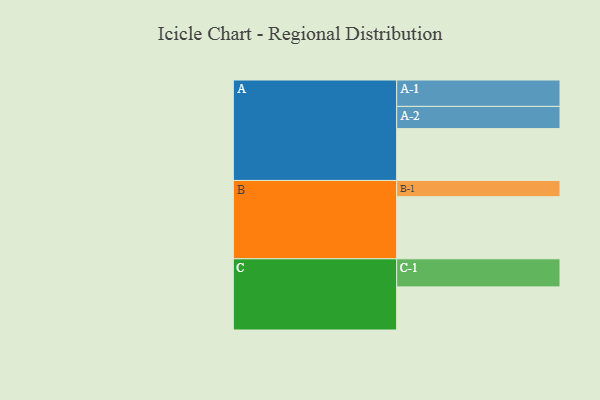
{"axis": {"x": "Segment", "y": "Value"}, "legend": ["", "A", "B", "C"], "data": [{"x": "A", "y": 434, "type": ""}, {"x": "B", "y": 520, "type": ""}, {"x": "C", "y": 361, "type": ""}, {"x": "A-1", "y": 221, "type": "A"}, {"x": "A-2", "y": 186, "type": "A"}, {"x": "B-1", "y": 136, "type": "B"}, {"x": "C-1", "y": 235, "type": "C"}]}